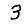
Digit: 3